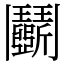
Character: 鬬